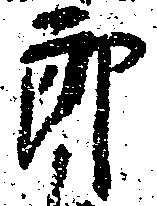
郎